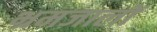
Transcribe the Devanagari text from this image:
भ्रमजालों